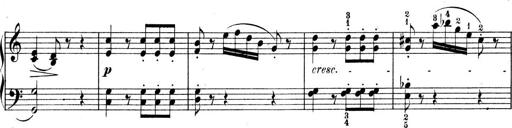
Title: 9 Sonatinen
Composer: Alexander Winterberger